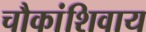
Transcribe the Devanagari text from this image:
चौकांशिवाय